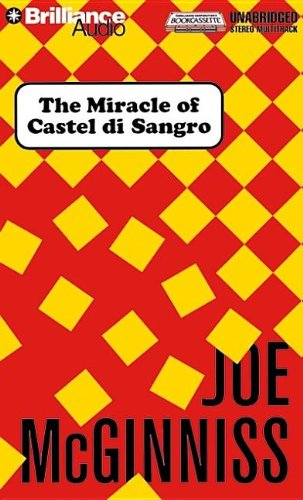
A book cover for The Miracle of Castel Di Sangro; Joe McGinniss; Biographies & Memoirs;